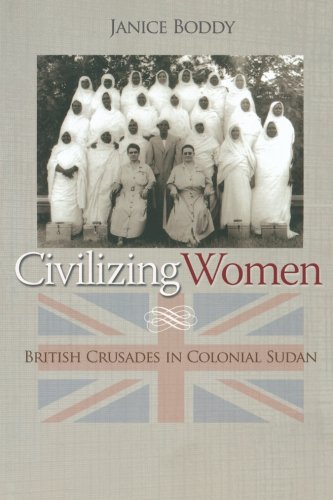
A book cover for Civilizing Women: British Crusades in Colonial Sudan; Janice Boddy; History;